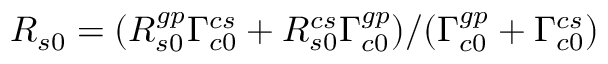
R _ { s 0 } = ( R _ { s 0 } ^ { g p } \Gamma _ { c 0 } ^ { c s } + R _ { s 0 } ^ { c s } \Gamma _ { c 0 } ^ { g p } ) / ( \Gamma _ { c 0 } ^ { g p } + \Gamma _ { c 0 } ^ { c s } )